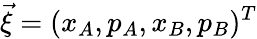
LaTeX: \vec{\xi}=(x_{A},p_{A},x_{B},p_{B})^{T}